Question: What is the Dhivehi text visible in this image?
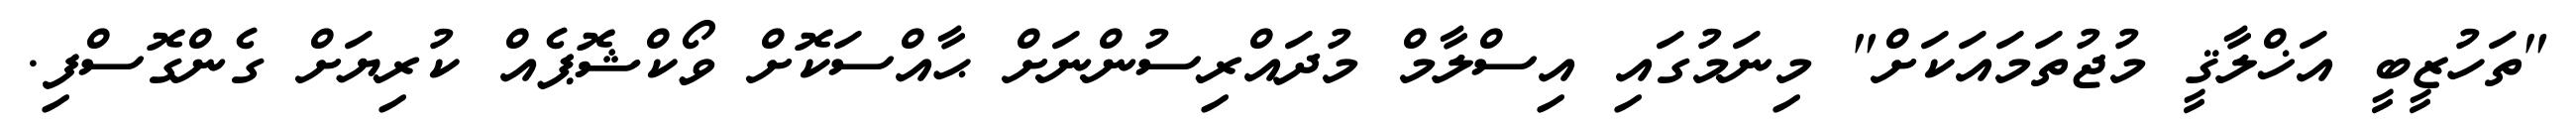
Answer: "ތަހުޒީބީ އަޚްލާޤީ މުޖުތަމައަކަށް" މިނަމުގައި އިސްލާމް މުދައްރިސުންނަށް ޙާއްސަކޮށް ވޯކްޝޮޕެއް ކުރިޔަށް ގެންގޮސްފި.